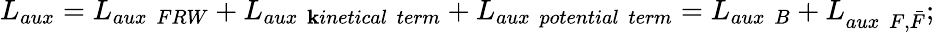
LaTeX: L_{aux}=L_{aux~~FRW}+L_{aux~~\mathbf{k}inetical~~term}+L_{aux~~potential~~term}=L_{aux~~B}+L_{aux~~F,\bar{{F}}};